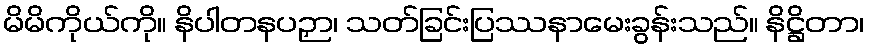
မိမိကိုယ်ကို။ နိပါတနပဉှာ၊ သတ်ခြင်းပြဿနာမေးခွန်းသည်။ နိဋ္ဌိတာ၊